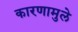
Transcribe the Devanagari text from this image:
कारणामुले